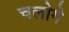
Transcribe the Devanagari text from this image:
चलोगे